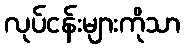
လုပ်ငန်းများကိုသာ